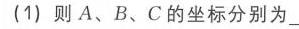
(1) 则\(A、B、C\)的坐标分别为